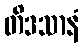
တိဒသာနံ